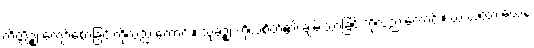
ကိတ္တိဉ္စ၊ ကျော်စောခြင်းကိုလည်းကောင်း။ သုခဉ္စ၊ ကိုယ်စိတ်၏ ချမ်းသာခြင်းကိုလည်းကောင်း။ ယံ ယထာ ယေန